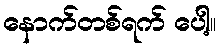
နောက်တစ်ရက် ပေါ့။